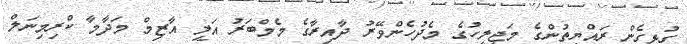
ގުޅިގެން ރައްޔިތުންގެ މަޖިލީހުގެ މެދުހެންވޭރު ދާއިރާގެ މެމްބަރު އަލީ އާޒިމް މަދާމާ ކްރިމިނަލް